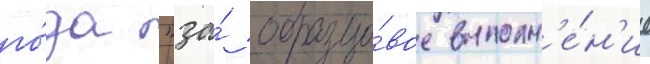
го́да "за́ образцо́вое выполн'е́н'ие